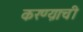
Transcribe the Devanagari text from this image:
करण्य़ाची